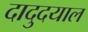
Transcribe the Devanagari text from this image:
दादुदयाल